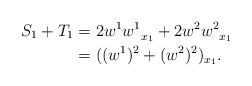
LaTeX: \begin{align*}S_1 + T_1 &= 2w^1 {w^1}_{\substack{\\x_1}} + 2w^2 {w^2}_{\substack{\\x_1}} \\ &= ((w^1)^2 + (w^2)^2)_{x_1}.\end{align*}